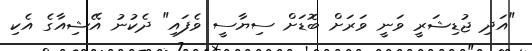
"އަދި ޖުޑިޝަރީ ވަނީ ވަރަށް ބޮޑަށް ސިޔާސީ ވެފައި" ދެކުނު އޭޝިއާގެ އެކި